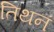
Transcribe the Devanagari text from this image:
तिथनं